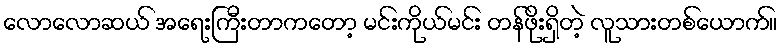
လောလောဆယ် အရေးကြီးတာကတော့ မင်းကိုယ်မင်း တန်ဖိုးရှိတဲ့ လူသားတစ်ယောက်။